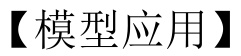
【模型应用】